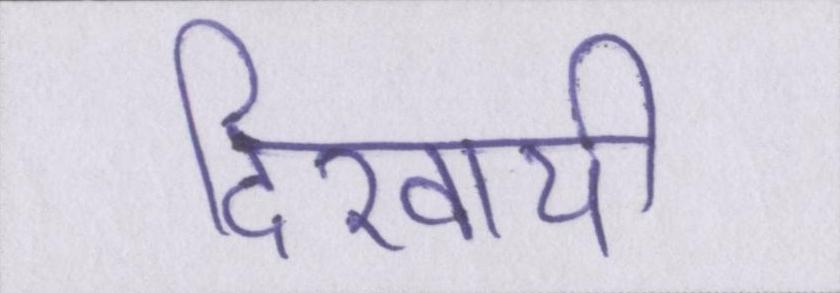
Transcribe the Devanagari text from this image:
दिखायी